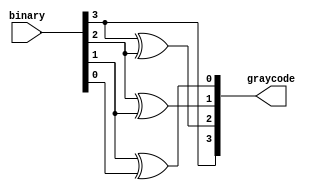
// ---------------------------------------------------------------------------
//  Jelly  -- The platform for real-time computing
//
//                                 Copyright (C) 2008-2015 by Ryuji Fuchikami
//                                 https://github.com/ryuz/jelly.git
// ---------------------------------------------------------------------------



`timescale 1ns / 1ps



// Binary to Graycode
module jelly_binary_to_graycode
        #(
            parameter                       WIDTH = 4
        )
        (
            input   wire    [WIDTH-1:0]     binary,
            output  reg     [WIDTH-1:0]     graycode
        );
    
    integer i;
    always @* begin
        graycode[WIDTH-1] = binary[WIDTH-1];
        for ( i = WIDTH - 2; i >= 0; i = i-1 ) begin
            graycode[i] = binary[i+1] ^ binary[i];
        end
    end
    
    /*
    function [WIDTH-1:0] gray_out;
    input   [WIDTH-1:0] bin_in;
    integer i;
        begin
            gray_out[WIDTH-1] = bin_in[WIDTH-1];
            for ( i = WIDTH-2; i >= 0; i = i-1 ) begin
                gray_out[i] = bin_in[i+1] ^ bin_in[i];
            end
        end
    endfunction
    
    assign graycode = gray_out(binary);
    */
    
endmodule


// End of file